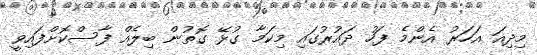
މިދިއަ އަހަރު އެންމެ ފަހު ދައުރުގައި މިކަމާ ގުޅޭ ގޮތުން ބިލެއް ފާސްކޮށްފައިވީ